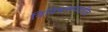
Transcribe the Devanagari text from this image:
विविधरूपातील